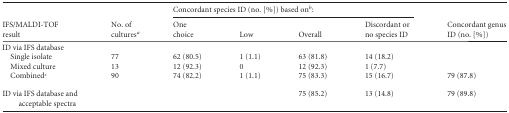
| <ROWSPAN=2> IFS/MALDI-TOFresult | <ROWSPAN=2> No. ofculturesa | <COLSPAN=4> Concordant species ID (no. [%]) based onb: | <ROWSPAN=2> Concordant genusID (no. [%]) |
 | Onechoice | Low | Overall | Discordant orno species ID |
 | --- | --- | --- | --- | --- | --- | --- |
 | ID via IFS database |  |  |  |  |  |  |
 | Single isolate | 77 | 62 (80.5) | 1 (1.1) | 63 (81.8) | 14 (18.2) |  |
 | Mixed culture | 13 | 12 (92.3) | 0 | 12 (92.3) | 1 (7.7) |  |
 | Combinedc | 90 | 74 (82.2) | 1 (1.1) | 75 (83.3) | 15 (16.7) | 79 (87.8) |
 | ID via IFS database andacceptable spectra |  |  |  | 75 (85.2) | 13 (14.8) | 79 (89.8) |